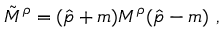
\tilde { M } ^ { \rho } = ( \hat { p } + m ) M ^ { \rho } ( \hat { p } - m ) \ ,